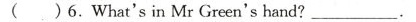
( )6.What's in Mr Green's hand? ___ .